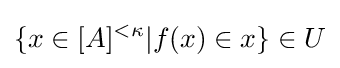
\{x\in [A]^{<\kappa }|f(x)\in x\}\in U